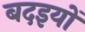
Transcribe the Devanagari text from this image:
बदइयों